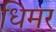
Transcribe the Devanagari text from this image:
धिमर